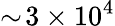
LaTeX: \sim\! 3\times 10^{4}